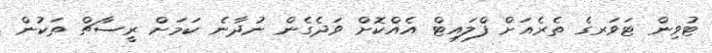
ޓުވިން ޓަވަރގެ ތެރެއަށް ފްލައިޓް އެއްކޮށް ވަދެގެން ނުދާނެ ކަމަށް ރީސާޗް ތަކުން